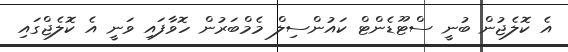
އެ ކޮލެޖުން ބުނީ ސްޓޫޑެންޓް ކައުންސިލް މެމްބަރުން ހޮވާފައި ވަނީ އެ ކޮލެޖްގައި